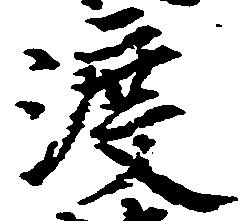
渡